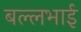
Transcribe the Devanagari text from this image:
बल्लभाई